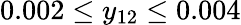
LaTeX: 0.002\leq y_{12}\leq 0.004